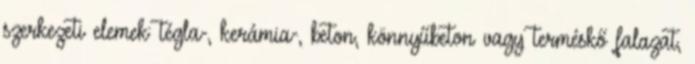
szerkezeti elemek: tégla-, kerámia-, beton, könnyűbeton vagy terméskő falazat,